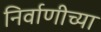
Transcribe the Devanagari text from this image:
निर्वाणीच्या